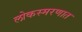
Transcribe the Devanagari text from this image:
लोकस्मरणात